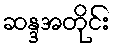
ဆန္ဒအတိုင်း